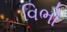
વિભો